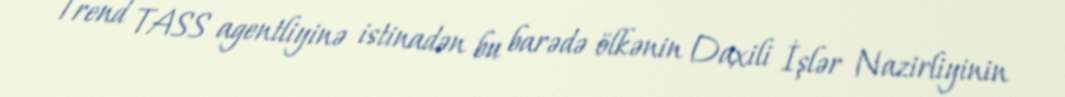
Trend TASS agentliyinə istinadən bu barədə ölkənin Daxili İşlər Nazirliyinin